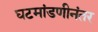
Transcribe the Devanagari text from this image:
घटमांडणीनंतर